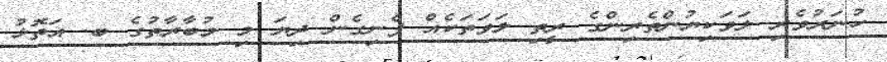
ހުނަރުވެރި ލަވަކިޔުންތެރިންގެ ރީތި ލަވަތަކެއް ފެނިގެން ދިޔަ މި މުބާރާތުގެ ބ. އަތޮޅު